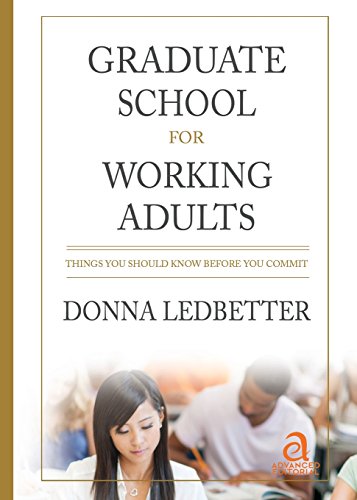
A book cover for Graduate School for Working Adults: Things You Should Know Before You Commit; Donna Ledbetter; Education & Teaching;